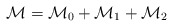
\begin{align*}{\cal M} = {\cal M}_{0} + {\cal M}_{1} + {\cal M}_{2} \end{align*}